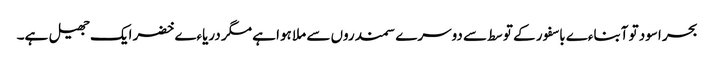
بحر اسود تو آبناءے باسفور کے توسط سے دوسرے سمندروں سے ملا ہوا ہے مگر دریاءے خضر ایک جھیل ہے۔